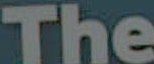
The